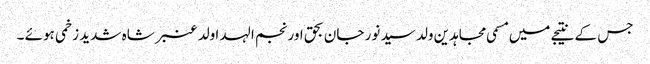
جس کے نتیجے میں مسمی مجاہدین ولد سید نور جان بحق اور نجم الہدا ولد عنبر شاہ شدید زخمی ہوئے ۔